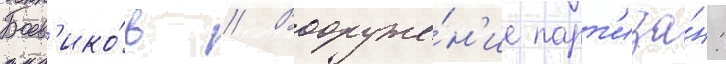
Боев'ико́в // Вооруже́н'ие парт'иза́н: